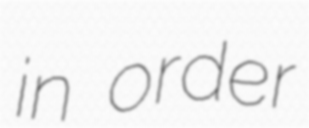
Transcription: in order